Scottish Education Department, 1936
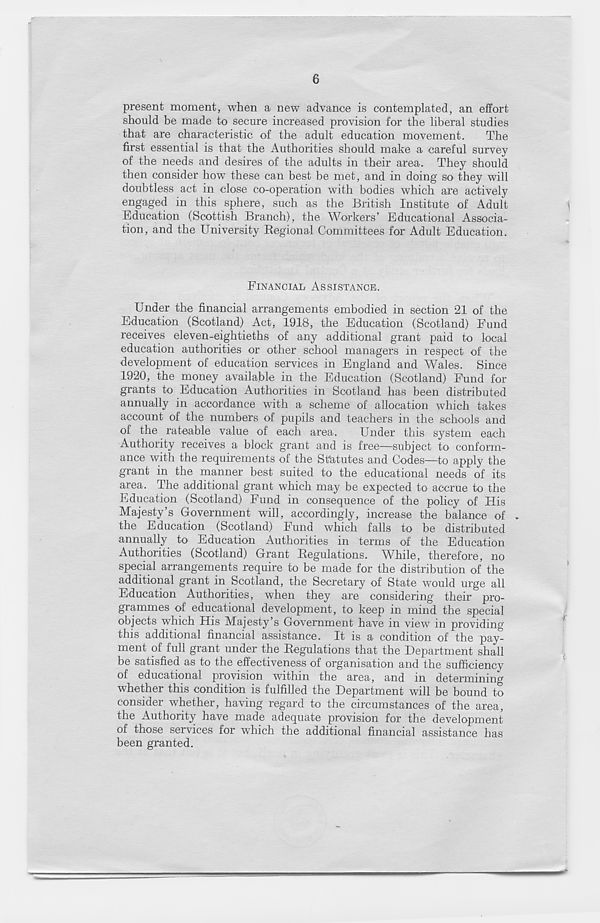
6
present moment, when a new advance is contemplated, an effort
should be made to secure increased provision for the liberal studies
that are characteristic of the adult education movement.
The
first essential is that the Authorities should make a careful survey
of the needs and desires of the adults in their area. They should
then consider how r these can best be met, and in doing so they will
doubtless act in close co-operation with bodies which are actively
engaged in this sphere, such as the British Institute of Adult
Education (Scottish Branch), the Workers’ Educational Associa-
tion, and the University Regional Committees for Adult Education.
FINANCIAL ASSISTANCE.
Under the financial arrangements embodied in section 21 of the
Education (Scotland) Act, 1918, the Education (Scotland) Fund
receives eleven-eightieths of any additional grant paid to local
education authorities or other school managers in respect of the
development of education services in England and Wales. Since
1920, the money available in the Education (Scotland) Fund for
grants to Education Authorities in Scotland has been distributed
annually in accordance with a scheme of allocation which takes
account of the numbers of pupils and teachers in the schools and
of the rateable value of each area.
Under this system each
Authority receives a block grant and is free—subject to conform-
ance with the requirements of the Statutes and Codes—to apply the
grant in the manner best suited to the educational needs of its
area. The additional grant which may be expected to accrue to the
Education (Scotland) Fund in consequence of the policy of His
Majesty’s Government will, accordingly, increase the balance of .
the Education (Scotland) Fund which falls to be distributed
annually to Education Authorities in terms of the Education
Authorities (Scotland) Grant Regulations. While, therefore, no
special arrangements require to be made for the distribution of the
additional grant in Scotland, the Secretary of State would urge all
Education Authorities, when they are considering their pro-
grammes of educational development, to keep in mind the special
objects which His Majesty’s Government have in view in providing
this additional financial assistance. It is a condition of the pay-
ment of full grant under the Regulations that the Department shall
be satisfied as to the effectiveness of organisation and the sufficiency
of educational provision within the area, and in determining
whether this condition is fulfilled the Department will be bound to
consider whether, having regard to the circumstances of the area,
the Authority have made adequate provision for the development
of those services for which the additional financial assistance has
been granted.